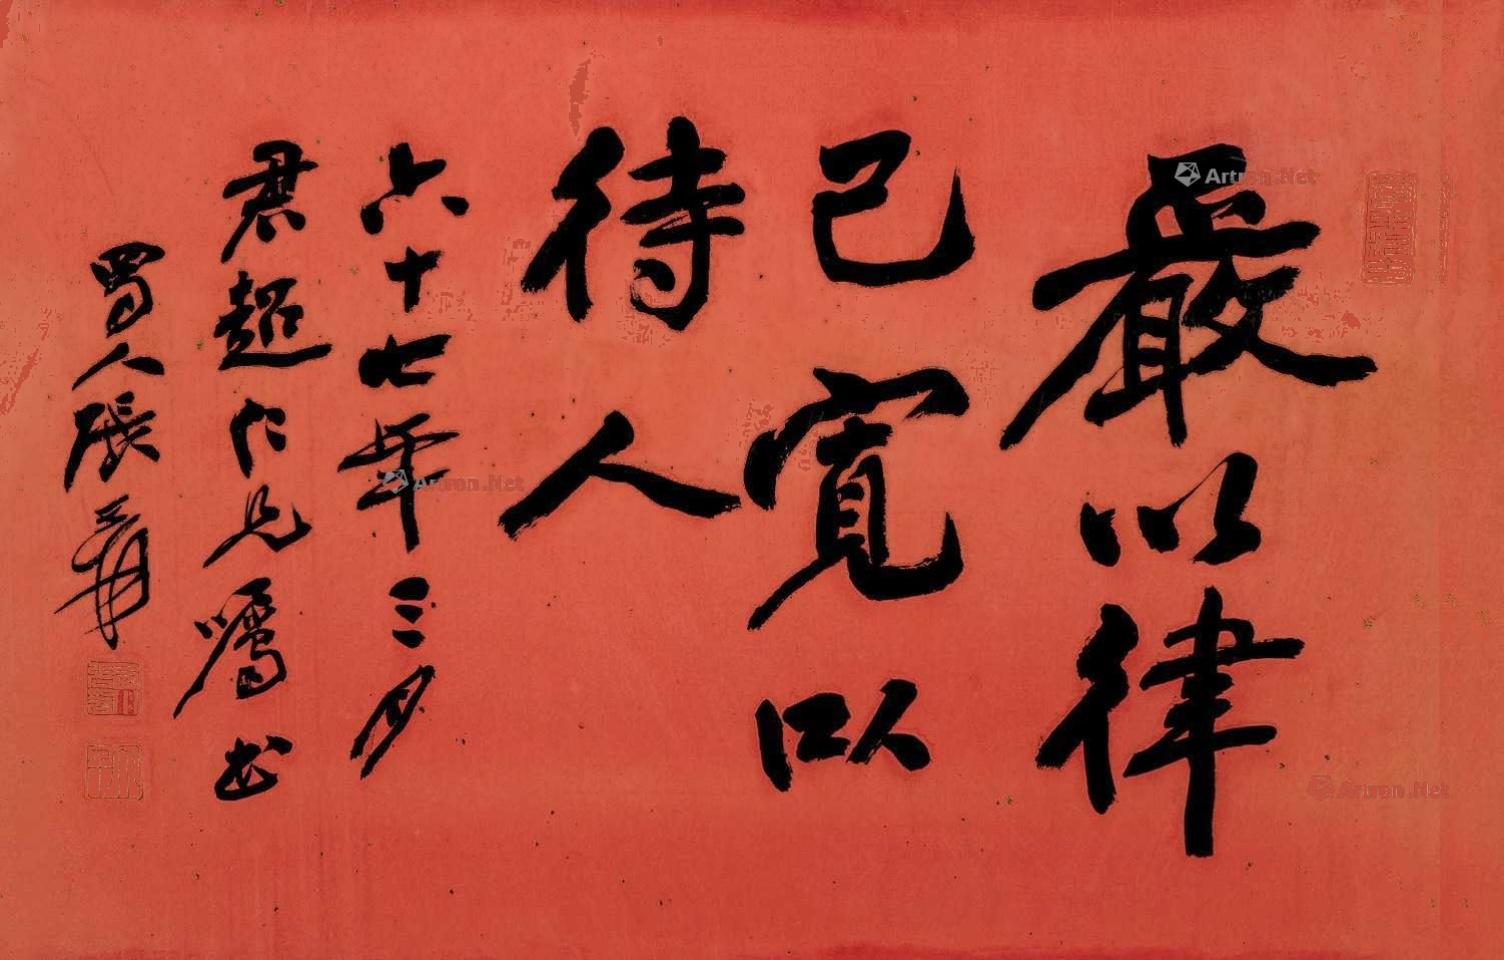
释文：严以律己，宽以待人。六十七年三月，君超仁兄嘱书，蜀人张爰。